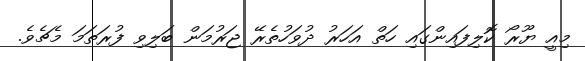
މިއީ ޔޫރޯ ކޮލިފައިންގައި ހަތް އަހަރު ދުވަހުތެރޭ ޖަރުމަން ބަލިވި ފުރަތަމަ މެޗެވެ.